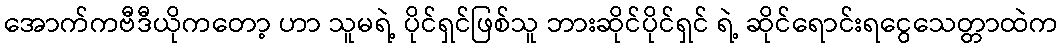
အောက်ကဗီဒီယိုကတော့ ဟာ သူမရဲ့ ပိုင်ရှင်ဖြစ်သူ ဘားဆိုင်ပိုင်ရှင် ရဲ့ ဆိုင်ရောင်းရငွေသေတ္တာထဲက